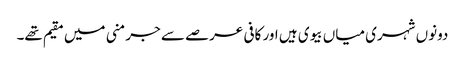
دونوں شہری میاں بیوی ہیں اور کافی عرصے سے جرمنی میں مقیم تھے۔